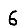
Digit: 6